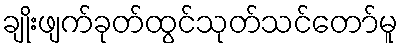
ချိုးဖျက်ခုတ်ထွင်သုတ်သင်တော်မူ